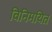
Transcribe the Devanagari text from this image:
विनिमयित